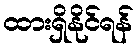
ထားရှိနိုင်ရန်